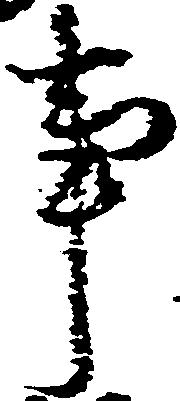
事